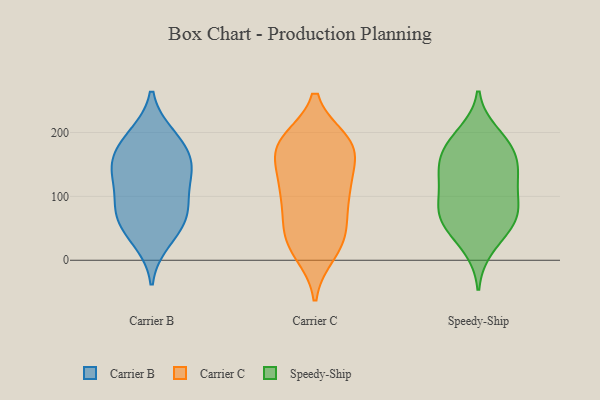
{"axis": {"x": "Budget (USD K)", "y": "Value"}, "legend": ["Carrier B", "Carrier C", "Speedy-Ship"], "data": [{"x": "", "y": 64, "type": "Carrier B"}, {"x": "", "y": 196, "type": "Carrier B"}, {"x": "", "y": 45, "type": "Carrier B"}, {"x": "", "y": 79, "type": "Carrier B"}, {"x": "", "y": 194, "type": "Carrier B"}, {"x": "", "y": 84, "type": "Carrier B"}, {"x": "", "y": 139, "type": "Carrier B"}, {"x": "", "y": 30, "type": "Carrier B"}, {"x": "", "y": 140, "type": "Carrier B"}, {"x": "", "y": 120, "type": "Carrier B"}, {"x": "", "y": 143, "type": "Carrier B"}, {"x": "", "y": 162, "type": "Carrier B"}, {"x": "", "y": 79, "type": "Carrier B"}, {"x": "", "y": 171, "type": "Carrier B"}, {"x": "", "y": 174, "type": "Carrier C"}, {"x": "", "y": 120, "type": "Carrier C"}, {"x": "", "y": 94, "type": "Carrier C"}, {"x": "", "y": 167, "type": "Carrier C"}, {"x": "", "y": 12, "type": "Carrier C"}, {"x": "", "y": 182, "type": "Carrier C"}, {"x": "", "y": 61, "type": "Carrier C"}, {"x": "", "y": 21, "type": "Carrier C"}, {"x": "", "y": 26, "type": "Carrier C"}, {"x": "", "y": 184, "type": "Carrier C"}, {"x": "", "y": 186, "type": "Carrier C"}, {"x": "", "y": 112, "type": "Carrier C"}, {"x": "", "y": 42, "type": "Carrier C"}, {"x": "", "y": 110, "type": "Carrier C"}, {"x": "", "y": 178, "type": "Carrier C"}, {"x": "", "y": 170, "type": "Carrier C"}, {"x": "", "y": 51, "type": "Carrier C"}, {"x": "", "y": 114, "type": "Carrier C"}, {"x": "", "y": 178, "type": "Speedy-Ship"}, {"x": "", "y": 152, "type": "Speedy-Ship"}, {"x": "", "y": 122, "type": "Speedy-Ship"}, {"x": "", "y": 198, "type": "Speedy-Ship"}, {"x": "", "y": 63, "type": "Speedy-Ship"}, {"x": "", "y": 114, "type": "Speedy-Ship"}, {"x": "", "y": 20, "type": "Speedy-Ship"}, {"x": "", "y": 168, "type": "Speedy-Ship"}, {"x": "", "y": 44, "type": "Speedy-Ship"}, {"x": "", "y": 184, "type": "Speedy-Ship"}, {"x": "", "y": 70, "type": "Speedy-Ship"}, {"x": "", "y": 75, "type": "Speedy-Ship"}, {"x": "", "y": 142, "type": "Speedy-Ship"}, {"x": "", "y": 134, "type": "Speedy-Ship"}, {"x": "", "y": 69, "type": "Speedy-Ship"}, {"x": "", "y": 87, "type": "Speedy-Ship"}]}